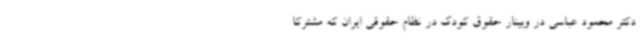
دکتر محمود عباسی در وبینار حقوق کودک در نظام حقوقی ایران که مشترکا